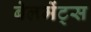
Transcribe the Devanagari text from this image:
बेलमेंट्स